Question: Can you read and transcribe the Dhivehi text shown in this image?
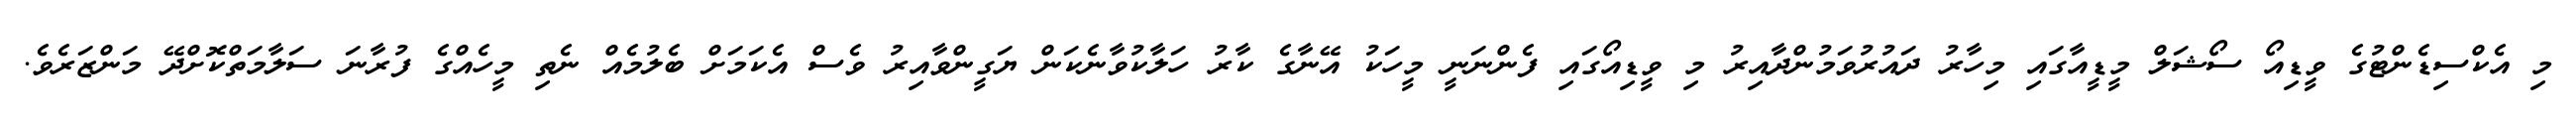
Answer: މި އެކްސިޑެންޓުގެ ވީޑިއޯ ސޯޝަލް މީޑީއާގައި މިހާރު ދައުރުވަމުންދާއިރު މި ވީޑިއޯގައި ފެންނަނީ މީހަކު އޭނާގެ ކާރު ހަލާކުވާނެކަން ޔަގީންވާއިރު ވެސް އެކަމަށް ބެލުމެއް ނެތި މީހެއްގެ ފުރާނަ ސަލާމަތްކޮށްދޭ މަންޒަރެވެ.